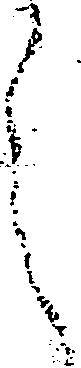
之